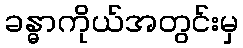
ခန္ဓာကိုယ်အတွင်းမှ